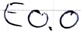
Text: E0.0